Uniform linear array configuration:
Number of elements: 24
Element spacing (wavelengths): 1
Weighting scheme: hann
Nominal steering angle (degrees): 60
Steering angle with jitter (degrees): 61.84
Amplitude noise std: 0.05
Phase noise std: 0.05

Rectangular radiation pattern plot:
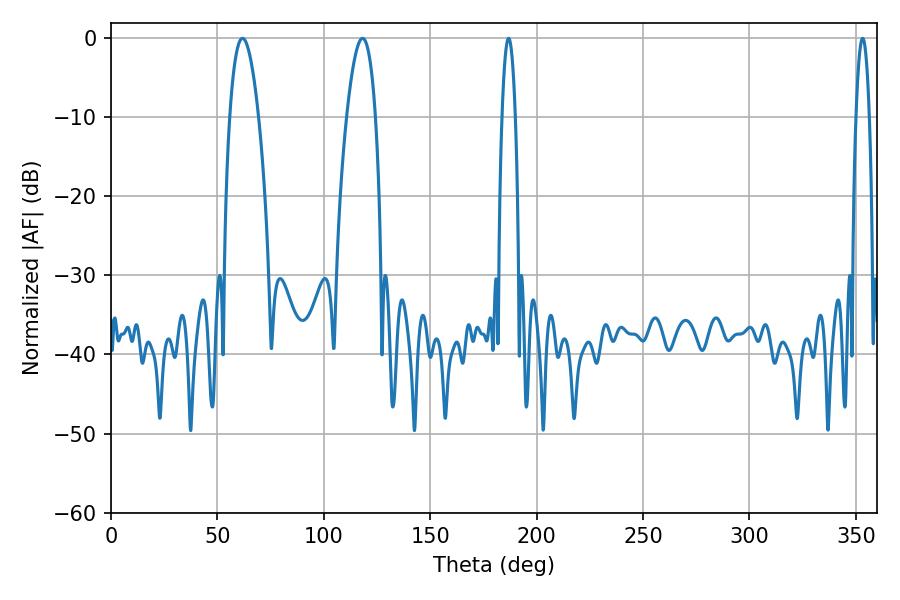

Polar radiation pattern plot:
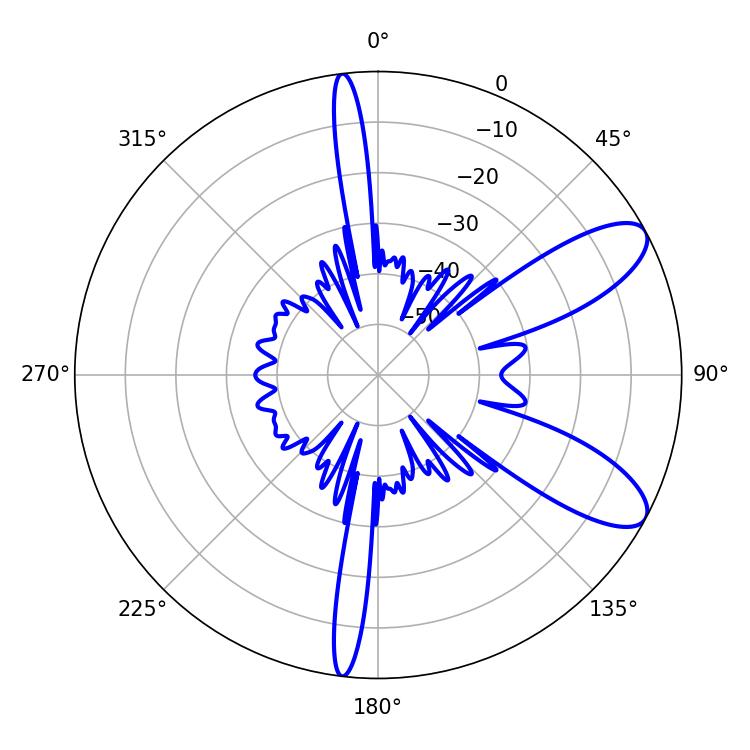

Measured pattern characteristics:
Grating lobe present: TRUE
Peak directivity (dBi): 9.353
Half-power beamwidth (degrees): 3.42
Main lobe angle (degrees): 186.84